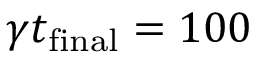
\gamma t _ { \mathrm { f i n a l } } = 1 0 0